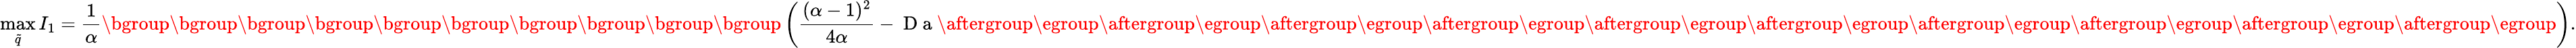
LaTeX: \operatorname*{max}_{\tilde{q}}{I_{1}}=\frac{1}{\alpha}\mathopen{}\mathclose\bgroup\mathopen{}\mathclose\bgroup\mathopen{}\mathclose\bgroup\mathopen{}\mathclose\bgroup\mathopen{}\mathclose\bgroup\mathopen{}\mathclose\bgroup\mathopen{}\mathclose\bgroup\mathopen{}\mathclose\bgroup\mathopen{}\mathclose\bgroup\mathopen{}\mathclose\bgroup\left(\frac{(\alpha-1)^{2}}{4\alpha}-\mathrm{~D~a~}\aftergroup\egroup\aftergroup\egroup\aftergroup\egroup\aftergroup\egroup\aftergroup\egroup\aftergroup\egroup\aftergroup\egroup\aftergroup\egroup\aftergroup\egroup\aftergroup\egroup\right).